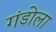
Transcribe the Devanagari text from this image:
गंडोला